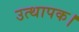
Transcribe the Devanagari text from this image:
उत्थापक।